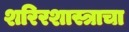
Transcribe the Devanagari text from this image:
शरिरशास्त्राचा